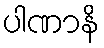
ပါဏာနိ